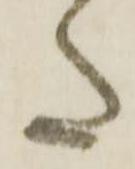
た